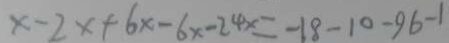
x - 2 x + 6 x - 6 x - 2 4 x = - 1 8 - 1 0 - 9 6 - 1